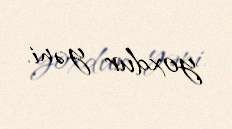
yoxdur yəni.